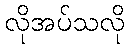
လိုအပ်သလို